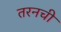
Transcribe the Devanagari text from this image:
तरनची